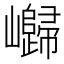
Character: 𱜔